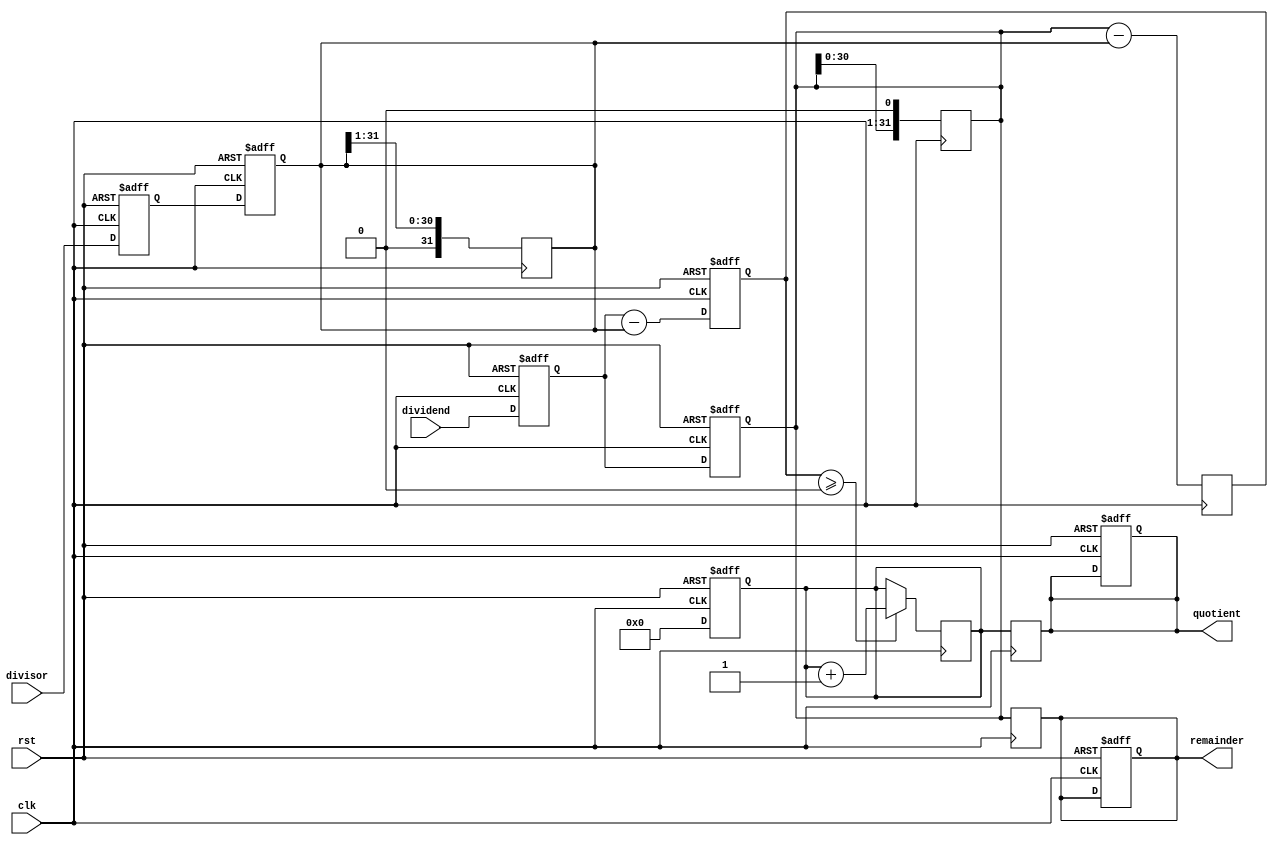
module PipelinedDivider (
    input wire clk,
    input wire rst,
    input wire [31:0] dividend,
    input wire [31:0] divisor,
    output reg [31:0] quotient,
    output reg [31:0] remainder
);

reg [31:0] n_dividend;
reg [31:0] n_divisor;
reg [31:0] temp_quotient;
reg [31:0] temp_remainder;

reg [31:0] shift_divisor;
reg [31:0] compare_result;

always @(posedge clk or posedge rst) begin
    if (rst) begin
        n_dividend <= 0;
        n_divisor <= 0;
        temp_quotient <= 0;
        temp_remainder <= 0;
        quotient <= 0;
        remainder <= 0;
        shift_divisor <= 0;
        compare_result <= 0;
    end else begin
        n_dividend <= dividend;
        n_divisor <= divisor;
        temp_quotient <= 0;
        temp_remainder <= n_dividend;
        shift_divisor <= n_divisor;
        compare_result <= n_dividend - shift_divisor;
    end
end

always @(posedge clk) begin
    if (compare_result >= 0) begin
        temp_quotient <= temp_quotient + 1;
        temp_remainder <= compare_result;
    end
    temp_remainder <= temp_remainder << 1;
    shift_divisor <= shift_divisor >> 1;
    compare_result <= temp_remainder - shift_divisor;
end

always @(posedge clk) begin
    quotient <= temp_quotient;
    remainder <= temp_remainder;
end

endmodule